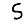
Digit: 5